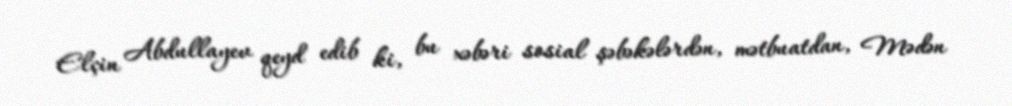
Elçin Abdullayev qeyd edib ki, bu xəbəri sosial şəbəkələrdən, mətbuatdan, Mədən